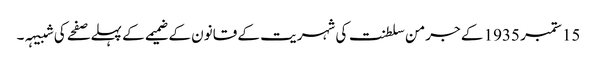
15 ستمبر 1935 کے جرمن سلطنت کی شہریت کے قانون کے ضمیمے کے پہلے صفحے کی شبیہہ۔